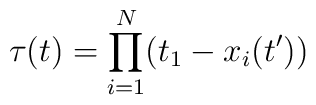
\tau(t)=\prod_{i=1}^N(t_1-x_i(t'))